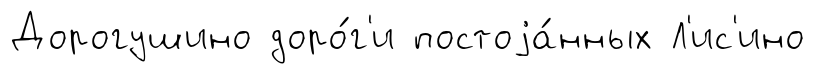
Дорогушино доро́г'и постоjа́нных Л'ис'ино